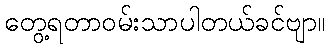
တွေ့ရတာဝမ်းသာပါတယ်ခင်ဗျာ။